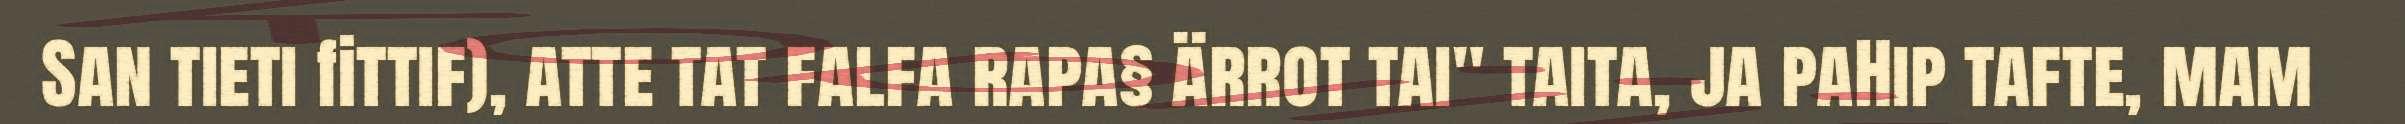
San tieti fittif), atte tat falfa rapa§ ärrot tai" taita, ja paHip tafte, mam